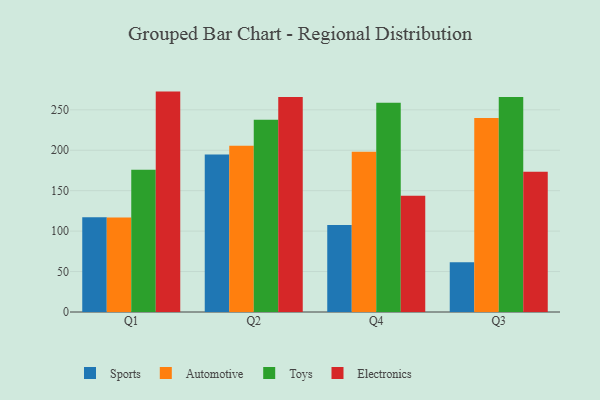
{"axis": {"x": "Quarter", "y": "Website Visitors"}, "legend": ["Automotive", "Electronics", "Sports", "Toys"], "data": [{"x": "Q1", "y": 117.3, "type": "Sports"}, {"x": "Q1", "y": 116.8, "type": "Automotive"}, {"x": "Q1", "y": 176.0, "type": "Toys"}, {"x": "Q1", "y": 272.5, "type": "Electronics"}, {"x": "Q2", "y": 194.6, "type": "Sports"}, {"x": "Q2", "y": 205.7, "type": "Automotive"}, {"x": "Q2", "y": 237.7, "type": "Toys"}, {"x": "Q2", "y": 265.8, "type": "Electronics"}, {"x": "Q4", "y": 107.7, "type": "Sports"}, {"x": "Q4", "y": 198.0, "type": "Automotive"}, {"x": "Q4", "y": 258.8, "type": "Toys"}, {"x": "Q4", "y": 143.6, "type": "Electronics"}, {"x": "Q3", "y": 61.5, "type": "Sports"}, {"x": "Q3", "y": 240.0, "type": "Automotive"}, {"x": "Q3", "y": 265.8, "type": "Toys"}, {"x": "Q3", "y": 173.4, "type": "Electronics"}]}